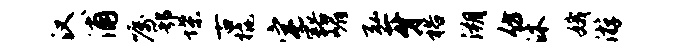
汉浦嘱鄂堞古橇宅豁嵋弘牙裕溯仿沐娥游